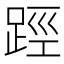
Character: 踁